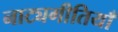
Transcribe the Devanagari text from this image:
नाट्यगीतियाँ